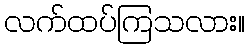
လက်ထပ်ကြသလား။